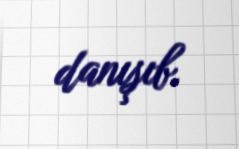
danışıb.